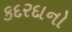
કદરદાનો